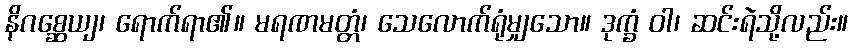
နိဂစ္ဆေယျ၊ ရောက်ရာ၏။ မရဏမတ္တံ၊ သေလောက်ရုံမျှသော။ ဒုက္ခံ ဝါ၊ ဆင်းရဲသို့လည်း။